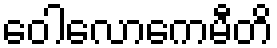
ဝေါလောကေမီတိ